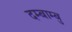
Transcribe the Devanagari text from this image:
दम्बाम्बु